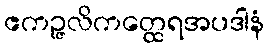
ဧကဉ္ဇလိကတ္ထေရအပဒါနံ